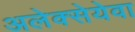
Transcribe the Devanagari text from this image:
अलेक्सेयेवा